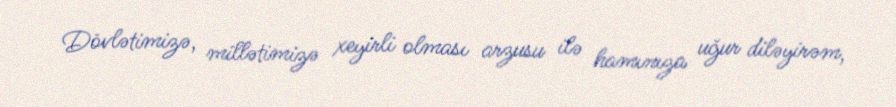
Dövlətimizə, millətimizə xeyirli olması arzusu ilə hamınıza uğur diləyirəm,